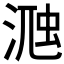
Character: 𣸀